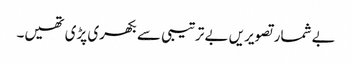
بے شمار تصویریں بے ترتیبی سے بکھری پڑی تھیں۔